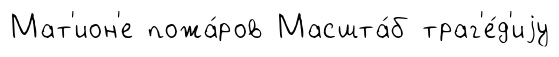
Мат'ион'е пожа́ров Масшта́б траг'е́д'иjу